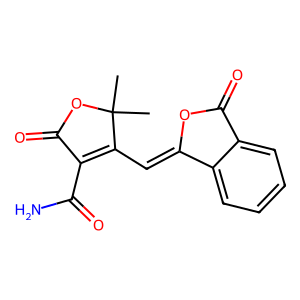
SMILES: CC1(C)OC(=O)C(C(N)=O)=C1C=C1OC(=O)c2ccccc21
Inhibits HIV replication: No